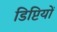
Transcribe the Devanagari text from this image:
डिप्टियों